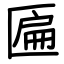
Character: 匾